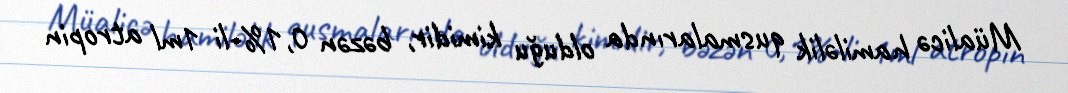
Müalicə hamiləlik qusmalarında olduğu kimidir, bəzən 0,1%-li 1ml atropin